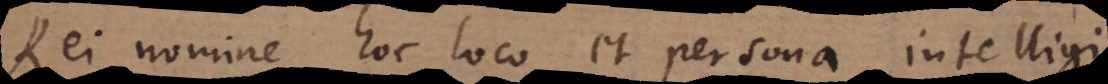
Rei nomine hoc loco et persona intelligi